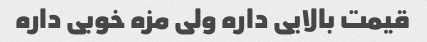
قیمت بالایی داره ولی مزه خوبی داره